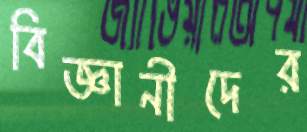
বিজ্ঞানীদের